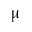
\upmu